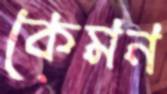
কেমন